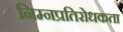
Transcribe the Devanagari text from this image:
निम्नप्रतिरोधकता